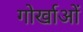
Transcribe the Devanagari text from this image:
गोर्खाओं